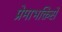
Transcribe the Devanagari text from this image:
प्रेमाभक्तिसे